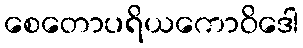
စေတောပရိယကောဝိဒေါ